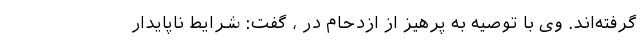
گرفته‌اند. وی با توصیه به پرهیز از ازدحام در ، گفت: شرایط ناپایدار